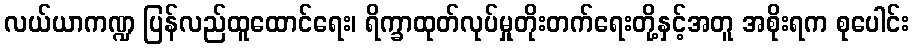
လယ်ယာကဏ္ဍ ပြန်လည်ထူထောင်ရေး၊ ရိက္ခာထုတ်လုပ်မှုတိုးတက်ရေးတို့နှင့်အတူ အစိုးရက စုပေါင်း